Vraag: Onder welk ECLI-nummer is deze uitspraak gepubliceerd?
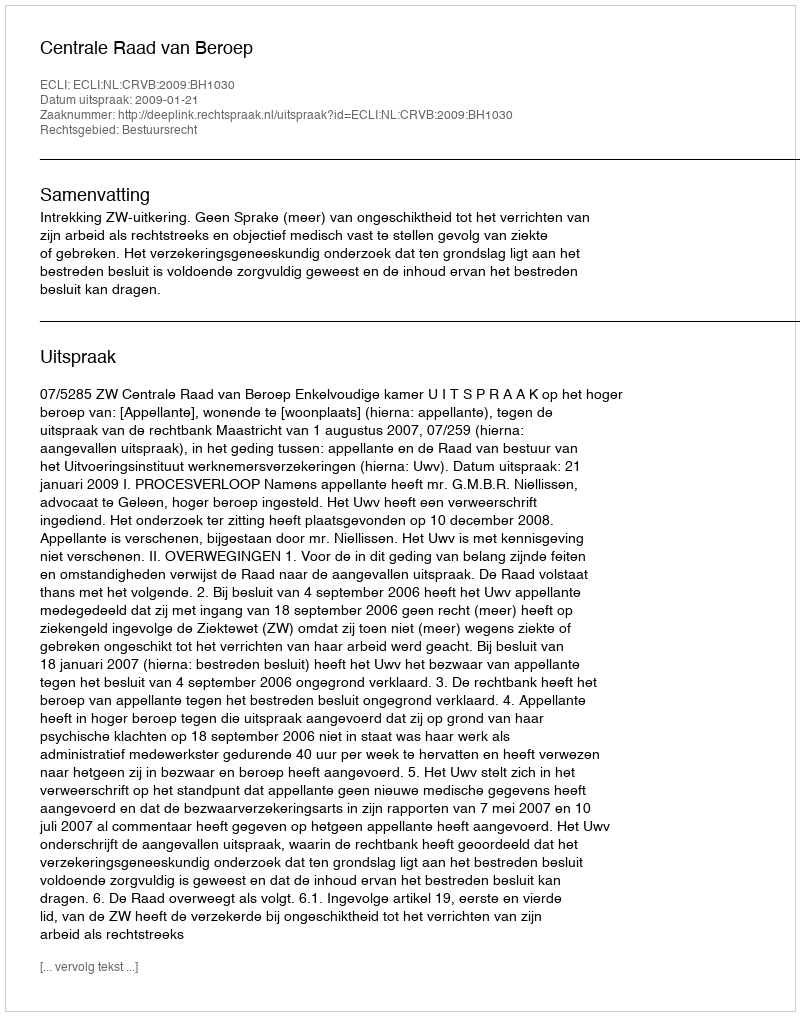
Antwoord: ECLI:NL:CRVB:2009:BH1030